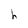
Character: h